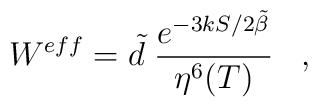
W^{eff} =  \tilde d\; \frac{e^{{-3kS}/{2\tilde{\beta}}} }{\eta^6(T)}\;\;\;,